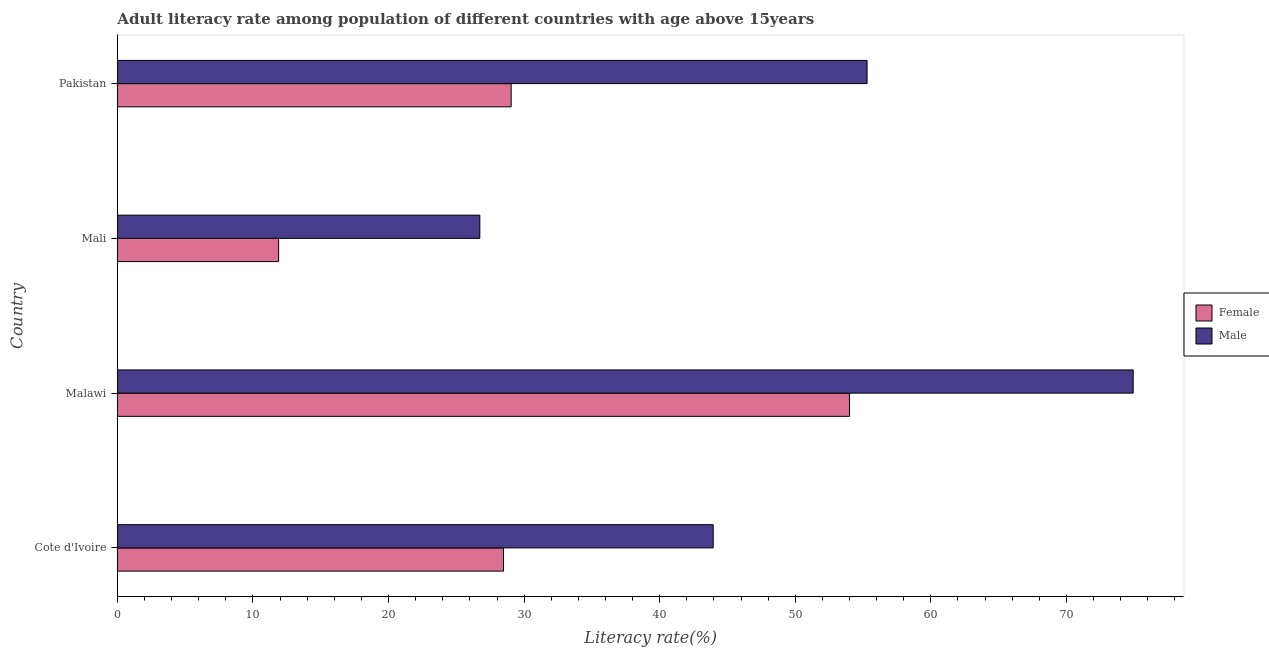
| Country | Female | Male |
 | --- | --- | --- |
 | Cote d'Ivoire | 28.5 | 43.9 |
 | Malawi | 54 | 74.9 |
 | Mali | 11.9 | 26.7 |
 | Pakistan | 29 | 55.3 |